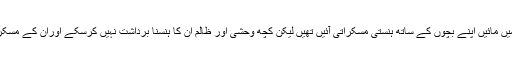
ابھی کچھ ماہ گزرے توحید پارک میں مائیں اپنے بچوں کے ساتھ ہنستی مسکراتی آئیں تھیں لیکن کچھ وحشی اور ظالم ان کا ہنسنا برداشت نہیں کرسکے اوران کے مسکراہٹوں کو ہمیشہ کے لئیے چھین لیا۔